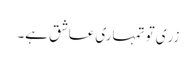
زری تو تمہاری عاشق ہے۔